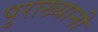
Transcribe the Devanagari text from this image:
पुराख्यानी